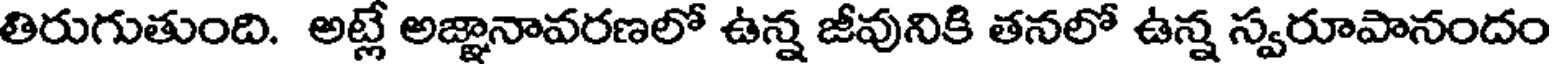
తిరుగుతుంది. అట్లే అజ్ఞానావరణలో ఉన్న జీవునికి తనలో ఉన్న స్వరూపానందం